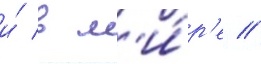
и́ в м'и́р'е //